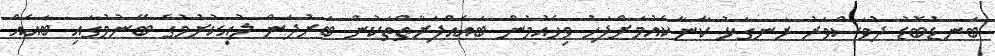
ބަނޑުބޮޑު ދުވަސްވަރު ރަނގަޅު ކާނާކެއުމަށްފަހު ވިހެއުމުން ބައެއްފަރާތްތަކުން ބަރުދަން ލުއިކުރުމުގެ ބޭނުމުގައި ބައެއް